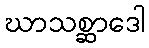
ဃာသစ္ဆာဒေါ